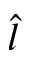
\hat { l }